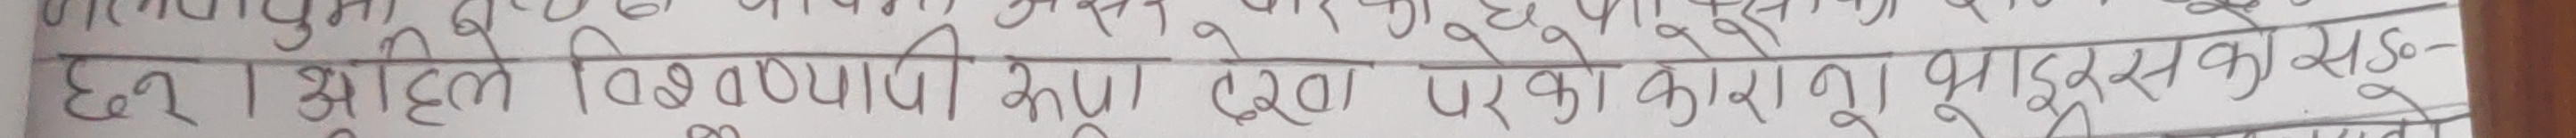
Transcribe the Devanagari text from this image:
छन्। अहील विषमापी को एक प्रकार का वायरस को सो-